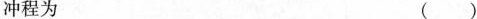
冲程为（）